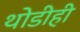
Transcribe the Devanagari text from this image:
थोडीही